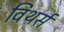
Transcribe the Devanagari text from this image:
विथर्स